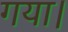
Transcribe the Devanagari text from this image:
गया।